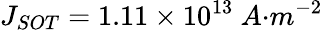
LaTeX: J_{{SOT}}=1.11\times{10}^{13}{\ A}{{·}}{{m}}^{{-2}}